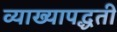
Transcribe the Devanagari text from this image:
व्याख्यापद्धती